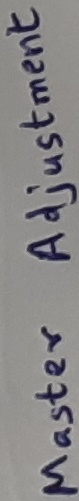
Text: Master adjustments